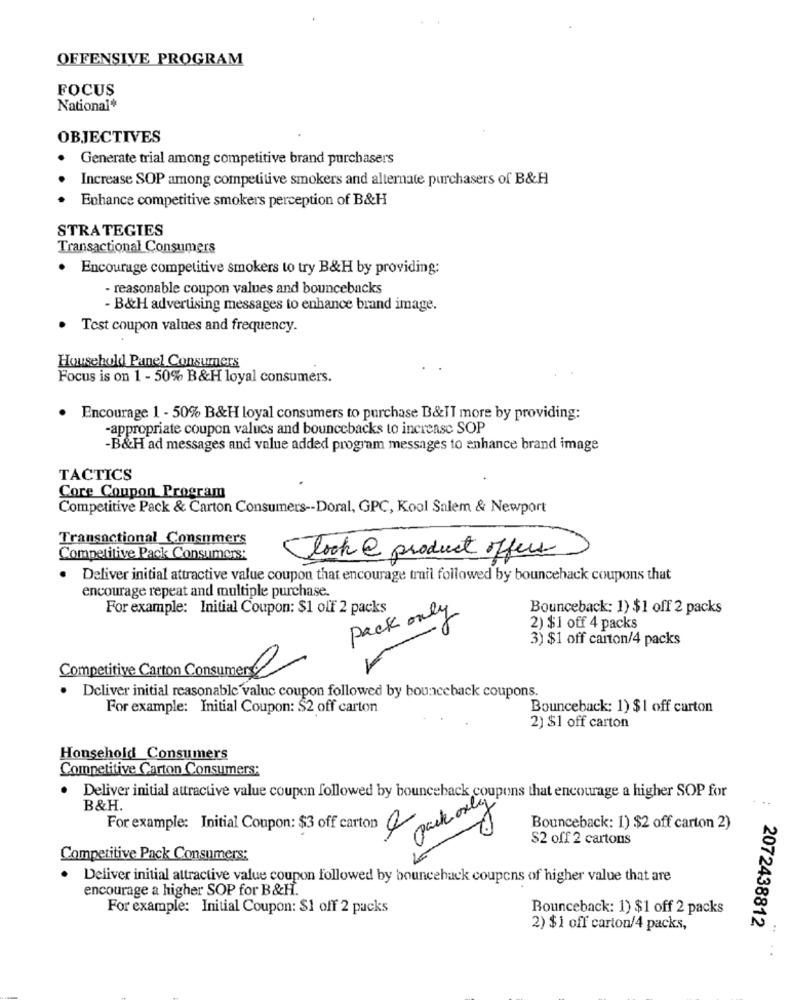
OFFENSIVE PROGRAM
FOCUS
National*
OBJECTIVES
Generate trial among competitive brand purchasers
Increase SOP among competitive smokers and alternate purchasers of B&H
Enhance competitive smokers perception of B&H
STRATEGIES
Transactional Consumers
Encourage competitive smokers to try B&H by providing:
- reasonable coupon values and bouncebacks
- B&H advertising messages to enhance brand image.
Test coupon values and frequency.
Household Panel Consumers
Focus is on 1 - 50% B&H loyal consumers.
Encourage 1 - 50% B&H loyal consumers to purchase B&IT more by providing:
-appropriate coupon values and bouncebacks to increase SOP
-B&H ad messages and value added program messages to enhance brand image
TACTICS
Core Coupon Program
Competitive Pack & Carton Consumers -- Doral, GPC, Kool Salem & Newport
Transactional Consumers
Competitive Pack Consumers:
look & product offers
. Deliver initial attractive value coupon that encourage trail followed by bounceback coupons that
encourage repeat and multiple purchase.
For example: Initial Coupon: $1 off 2 packs
Pack only
Bounceback: 1) $1 off 2 packs
2) $1 off 4 packs
3) $1 off carton/4 packs
Competitive Carton Consumer
· Deliver initial reasonable valuc coupon followed by bounceback coupons.
For example: Initial Coupon: $2 off carton
Bounceback: 1) $1 off carton
2) $1 off carton
Honsehold_Consumers
Competitive Carton Consumers:
Deliver initial attractive value coupon followed by bounceback coupons that encourage a higher SOP for
B&H.
pack only
For example: Initial Coupon: $3 off carton
Bounceback: 1) $2 off carton 2)
S2 off 2 cartons
Competitive Pack Consumers:
Deliver initial attractive value coupon followed by bounceback coupons of higher value that are
encourage a higher SOP for B&H.
For example: Initial Coupon: $1 off 2 packs
Bounceback: 1) $1 off 2 packs
2072438812
2) $ 1 off carton/4 packs,
..
. .